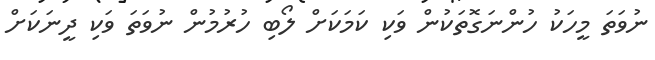
ނުވަތަ މީހަކު ހުންނަގޮތަކުން ވަކި ކަމަކަށް ލޯބި ހުރުމުން ނުވަތަ ވަކި ދީނަކަށް